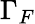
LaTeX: \Gamma_{F}